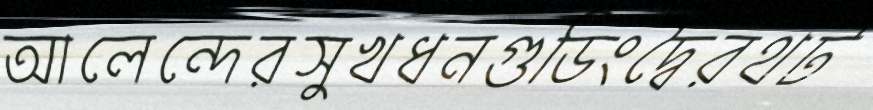
আলেন্দেরসুখধনগুডিংদ্বৈরথট